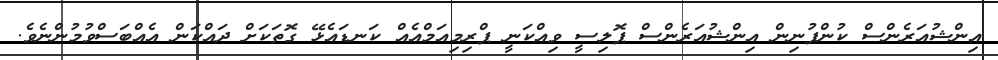
އިންޝުއަރެންސް ކުންފުނިން އިންޝުއަރެންސް ޕޮލިސީ ވިއްކަނީ ޕްރިމިއަމްއެއް ކަނޑައެޅޭ ގޮތަކަށް ދައްކަން އެއްބަސްވުމުންނެވެ.